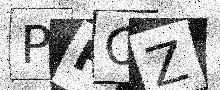
Text: PFOZ